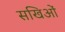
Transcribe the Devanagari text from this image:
सखिओं